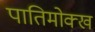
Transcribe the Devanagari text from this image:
पातिमोक्ख